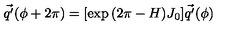
\vec { q ^ { \prime } } ( \phi + 2 \pi ) = [ \exp { ( 2 \pi - H ) J _ { 0 } } ] \vec { q ^ { \prime } } ( \phi )